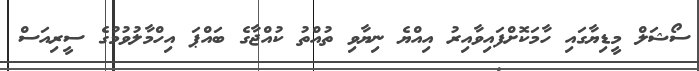
ސޯޝަލް މީޑިޔާގައި ހާމަކޮށްފައިވާއިރު އިއްޔެ ނިޔާވި ތުއްތު ކުއްޖާގެ ބައްޕަ އިހްމާލުވުމުގެ ސީރިއަސް